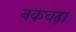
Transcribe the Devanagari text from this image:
नकचढ़ा